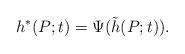
LaTeX: \begin{align*} h^*(P;t) = \Psi(\tilde{h}(P;t)). \end{align*}